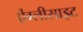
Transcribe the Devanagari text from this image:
ऐंग्लीसाइट